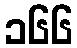
၁၆၆